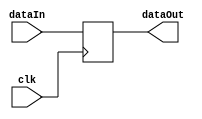
`timescale 1ns / 1ps
//////////////////////////////////////////////////////////////////////////////////
// Company: 
// Engineer: 
// 
// Design Name: 
// Module Name: ALUOutDR
// Project Name: 
// Target Devices: 
// Tool Versions: 
// Description: 
// 
// Dependencies: 
// 
// Revision:
// Revision 0.01 - File Created
// Additional Comments:
// 
//////////////////////////////////////////////////////////////////////////////////


module ALUOutDR(dataIn, clk, dataOut);
  input clk;
  input [31:0] dataIn;
  output reg [31:0] dataOut;

  always @(negedge clk) begin
    dataOut <= dataIn;
  end
endmodule